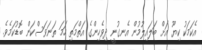
އެކަމަކު ކިޔޫ އަށް ބަލައިލުމުން އެނގުނީ ދިވެހިންގެ އަތްމަތި ހަމަ ތަނަވަސްކަން ބޮޑުކަމެވެ.